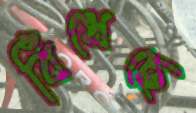
বিঁধেছে